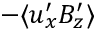
- \langle u _ { x } ^ { \prime } B _ { z } ^ { \prime } \rangle